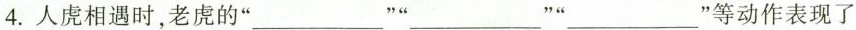
4.人虎相遇时，老虎的”___ ”___” ”___”等动作表现了